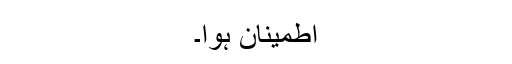
اطمینان ہوا۔